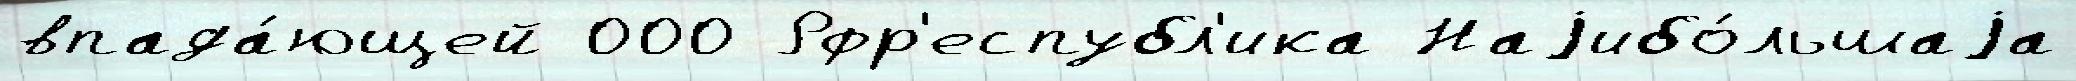
впада́ющей 000 Рфр'еспубл'ика Наjибо́льшаjа